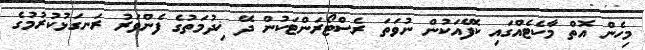
މިހެން އޮތް މާކެޓެއްގައި ކެފޭއަކުން ނުވަތަ ރެސްޓޯރަންޓަކުން ދޭ ޚިދުމަތުގެ ފެންވަރު ރަނގަޅުކުރުމުގެ